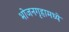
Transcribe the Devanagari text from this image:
भोजनगृहामध्ये